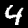
Label: 4